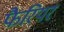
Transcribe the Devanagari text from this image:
फैरियर